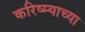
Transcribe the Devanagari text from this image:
करिष्म्याच्या